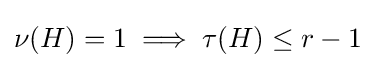
\nu (H)=1\implies \tau (H)\leq r-1